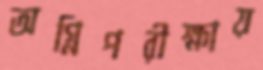
অগ্নিপরীক্ষায়